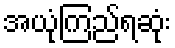
အယုံကြည်ရဆုံး